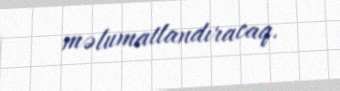
məlumatlandıracaq.